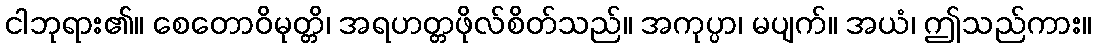
ငါဘုရား၏။ စေတောဝိမုတ္တိ၊ အရဟတ္တဖိုလ်စိတ်သည်။ အကုပ္ပာ၊ မပျက်။ အယံ၊ ဤသည်ကား။